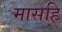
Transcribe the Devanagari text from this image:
मासहि